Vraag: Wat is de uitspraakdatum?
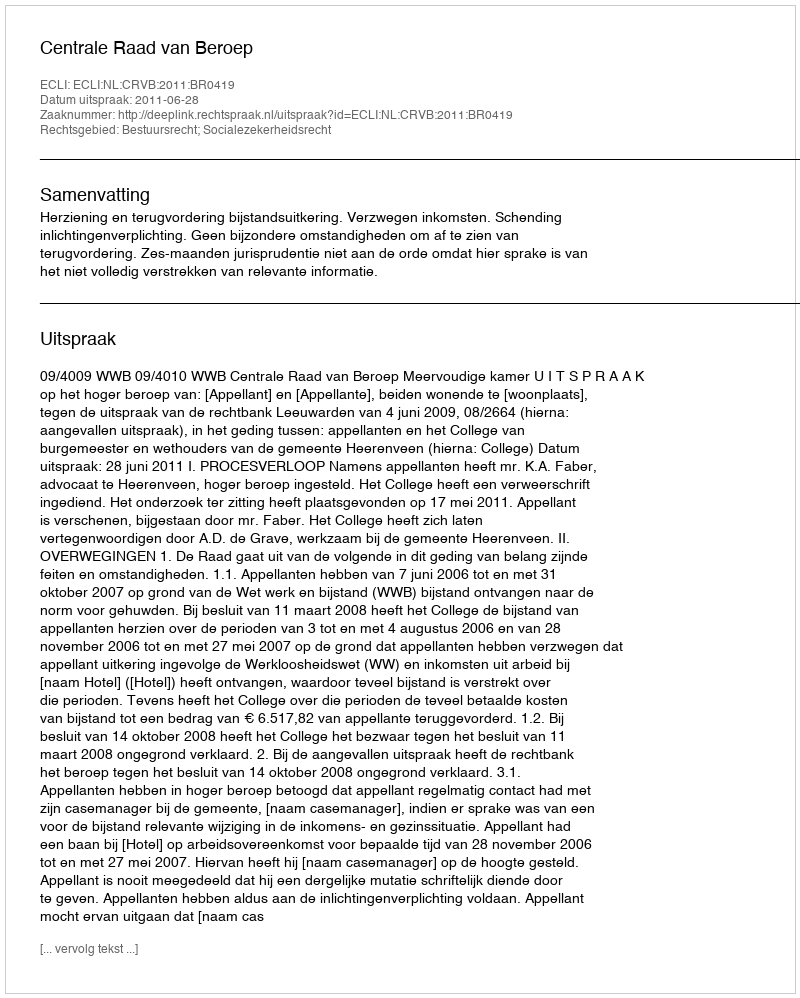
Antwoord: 2011-06-28